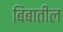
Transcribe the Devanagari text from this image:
बिंबातील